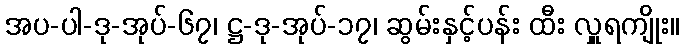
အပ-ပါ-ဒု-အုပ်-၆၇၊ ဋ္ဌ-ဒု-အုပ်-၁၇၊ ဆွမ်းနှင့်ပန်း ထီး လှူရကျိုး။